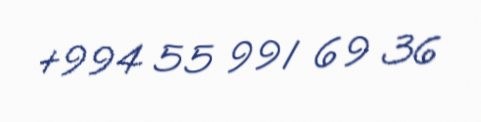
+994 55 991 69 36